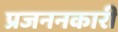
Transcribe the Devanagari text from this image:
प्रजननकारी